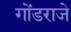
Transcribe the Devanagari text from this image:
गोंडराजे